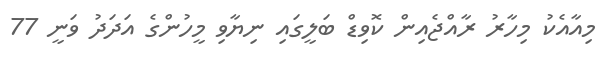
މިއާއެކު މިހާރު ރާއްޖެއިން ކޮވިޑް ބަލީގައި ނިޔާވި މީހުންގެ އަދަދު ވަނީ 77